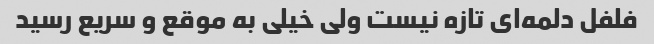
فلفل دلمه‌ای تازه نیست ولی خیلی به موقع و سریع رسید